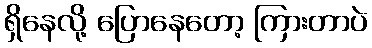
ရှိနေလို့ ပြောနေတော့ ကြားတာပဲ